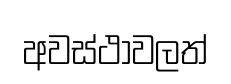
අවස්ථාවලත්